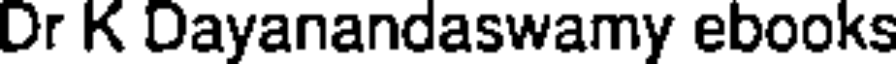
Dr K Dayanandaswamy ebooks